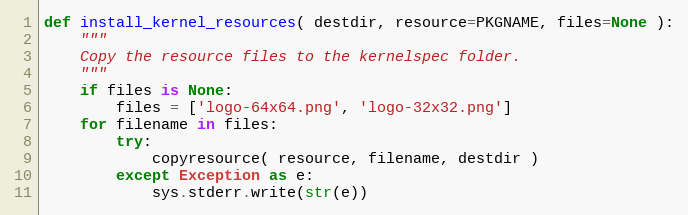
Language: Python
def install_kernel_resources( destdir, resource=PKGNAME, files=None ):
    """
    Copy the resource files to the kernelspec folder.
    """
    if files is None:
        files = ['logo-64x64.png', 'logo-32x32.png']
    for filename in files:
        try:
            copyresource( resource, filename, destdir )
        except Exception as e:
            sys.stderr.write(str(e))